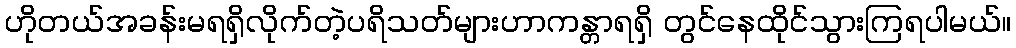
ဟိုတယ်အခန်းမရရှိလိုက်တဲ့ပရိသတ်များဟာကန္တာရရှိ တွင်နေထိုင်သွားကြရပါမယ်။